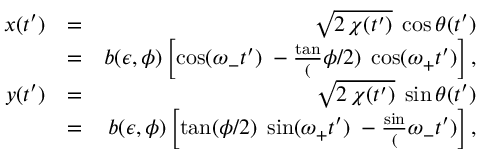
\begin{array} { r l r } { x ( t ^ { \prime } ) } & { = } & { \sqrt { 2 \, \chi ( t ^ { \prime } ) } \; \cos \theta ( t ^ { \prime } ) } \\ & { = } & { b ( \epsilon , \phi ) \left[ \cos ( \omega _ { - } t ^ { \prime } ) \; - \frac \tan ( \phi / 2 ) \; \cos ( \omega _ { + } t ^ { \prime } ) \right] , } \\ { y ( t ^ { \prime } ) } & { = } & { \sqrt { 2 \, \chi ( t ^ { \prime } ) } \; \sin \theta ( t ^ { \prime } ) } \\ & { = } & { b ( \epsilon , \phi ) \left[ \tan ( \phi / 2 ) \; \sin ( \omega _ { + } t ^ { \prime } ) \; - \frac \sin ( \omega _ { - } t ^ { \prime } ) \right] , } \end{array}